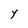
Character: Y